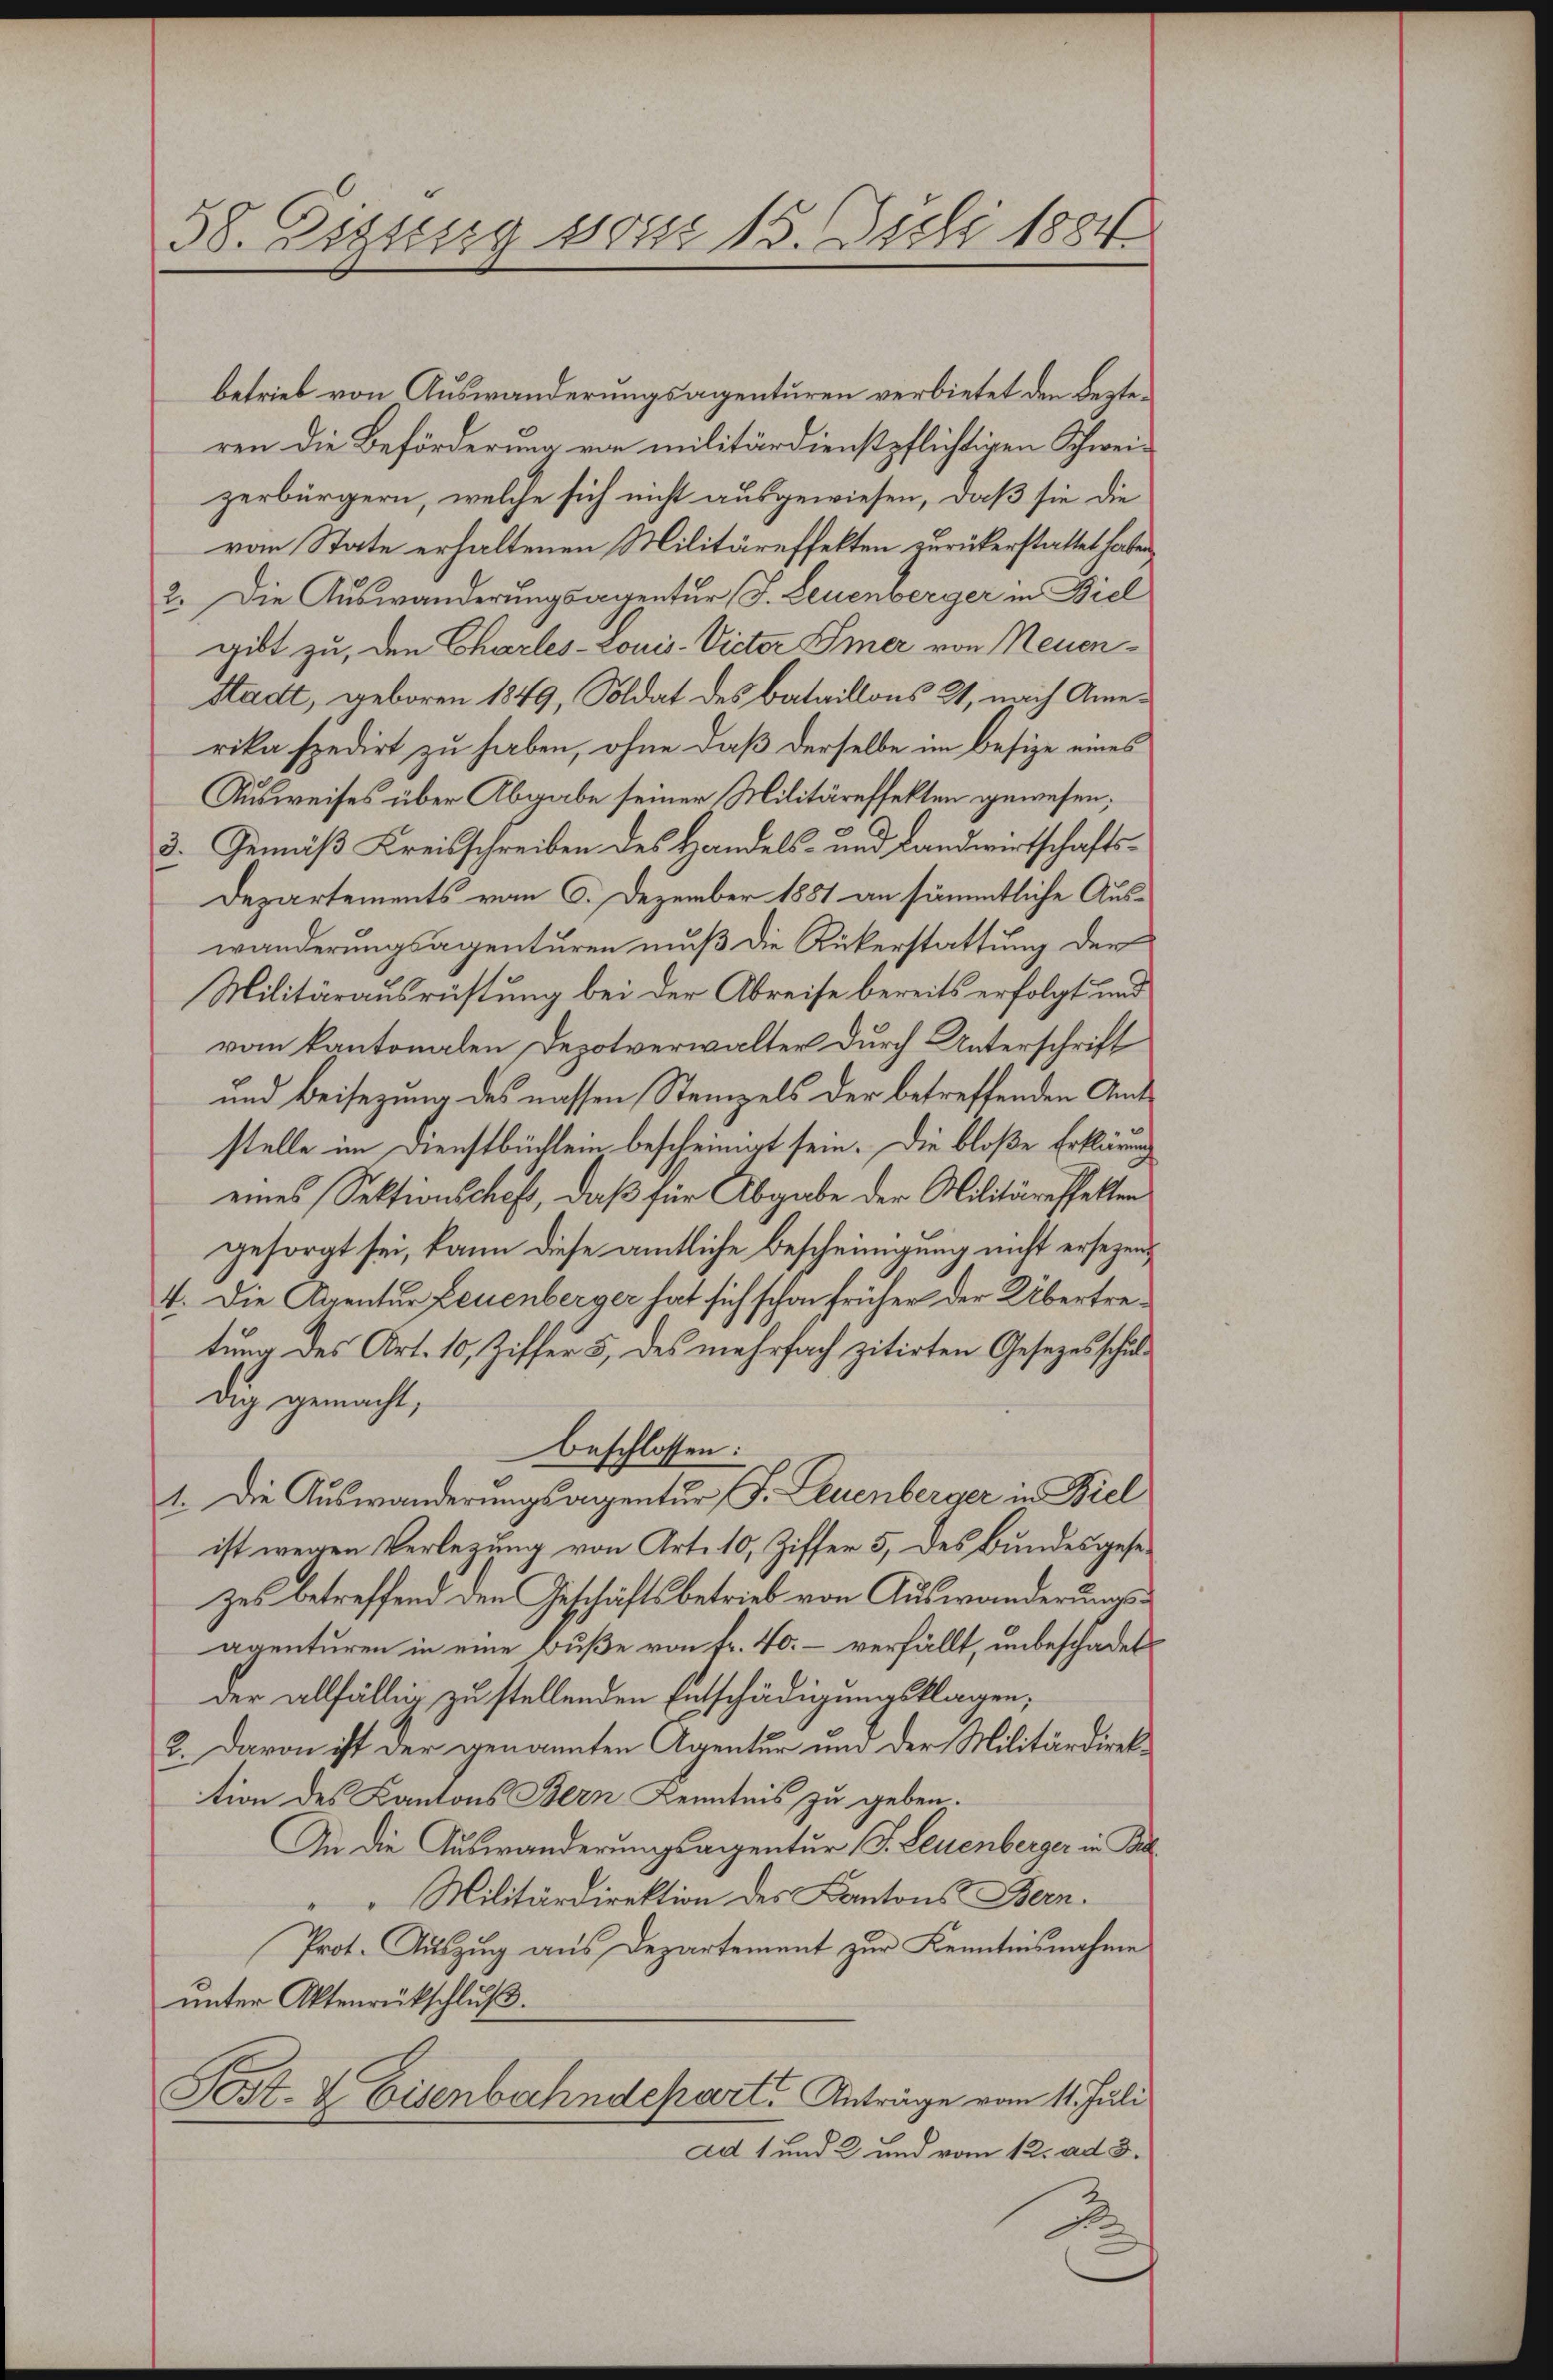
38. Eizung vom 13. Juli 1884.

betrieb von Auswanderungsagenturen verbietet den Lezteren die Beförderung von militärdienstpflichtigen Schweizerbürgern, welche sich nicht ausgewiesen, daß sie die
vom State erhaltenen Militäreffekten zurückerstattet haben
2. Die Auswanderungsagentur (J. Leuenberger in Biel
gibt zu, den Charles-Louis-Victor Pier von Neuen¬
Stadt, geboren 1849, Soldat des Bataillons 21, nach Amerika spedirt zu haben, ohne daß derselbe im besize eines
Ausweises über Abgabe seiner Militäreffekten gewesen;
3. Gemäß Kreisschreiben des Handels- und Landwirtschafts¬
Departements vom 6. Dezember 1881 an sämmtliche Auswänderungsagenturen muß die Rükerstattung der
Militärausrüstung bei der Abreise bereits erfolgt und
vom kantonalen Depotverwalter durch Unterschrift
und Beisezung des nassen Stempels der betreffenden Amtstelle im Dienstbüchlein bescheinigt sein. Die bloße Erklärung
eines Sektionschaft, daß für Abgabe der Militäresselten
gesorgt sei, kann diese amtliche Bescheinigung nicht ersezen,
4. Die Agentur Leuenberger hat sich schon früher der Übertretung des Art. 10, Ziffer 5, des mehrfach zitirten Gesetzesschuldig gemacht,
beschlossen:
1. Die Auswanderungsagentur, S. Leuenberger in Biel
ist wegen Verlegung von Art. 10, Ziffer 5, des Bundesgesezes betreffend den Geschäftsbetrieb von Auswanderungsagenturen in eine Buße von fr. 40. – verfällt, unbeschadet
der allfällig zu stellenden Entschädigungsklagen;
2. Davon ist der genannten Agentur und der Militärdirektion des Kantons Bern Kenntnis zu geben.
An die Auswanderungsagentur (S. Leuenberger in Bd.
 Militärdirektion des Kantons Bern.
Prot. Auszug aus Departement zur Kenntnisnahme
unter Aktenrückschluß.
Sost- & Eisenbahndepart. Anträge vom 11. Juli
Ad 1 und 2 und vom 12. ad 3.
2